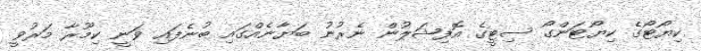
ކިޔޯޓޯގެ ކިޔޯޓަންގޯ ސިޓީގެ އޮފިޝަލުން ނެރުނު ބަޔާނެއްގައި ބުނެފައި ވަނީ ކިމޫރާ މަރުވީ